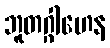
ဘူတဂ္ဂါဟေန